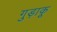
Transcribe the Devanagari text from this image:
गुड़ाकू